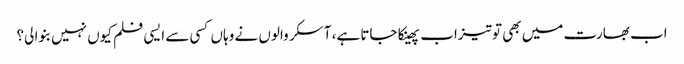
اب بھارت میں بھی تو تیزاب پھینکا جاتا ہے، آسکر والوں نے وہاں کسی سے ایسی فلم کیوں نہیں بنوا لی؟